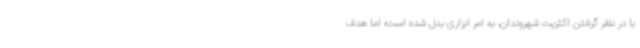
با در نظر گرفتن اکثریت شهروندان، به امر ابزاری بدل شده است؛ اما هدف